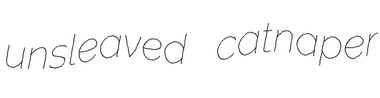
unsleaved catnaper